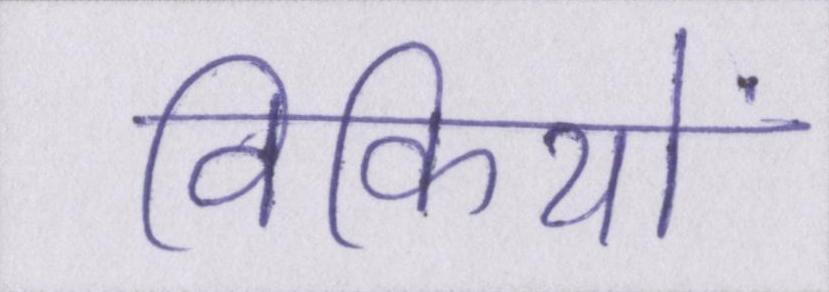
विकियों